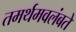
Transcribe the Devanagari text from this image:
तमर्थमवलंबते